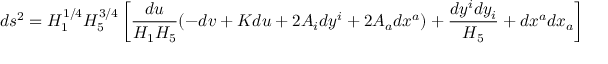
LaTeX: d s ^ { 2 } = H _ { 1 } ^ { 1 / 4 } H _ { 5 } ^ { 3 / 4 } \left[ { \frac { d u } { H _ { 1 } H _ { 5 } } } ( - d v + K d u + 2 A _ { i } d y ^ { i } + 2 A _ { a } d x ^ { a } ) + { \frac { d y ^ { i } d y _ { i } } { H _ { 5 } } } + d x ^ { a } d x _ { a } \right]